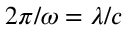
2 \pi / \omega = \lambda / c